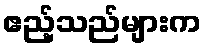
ဧည့်သည်များက